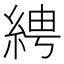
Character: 𦀔